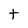
Character: t